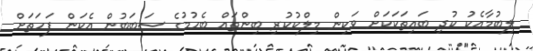
ލިބުމާއެކު ކުދި ބައިތަކަކަށް ވަކިން މިލްކުކުރި ބިންތައް ބެހުމުގެ ސަބަބުން އެކަން ފަހަތަށް